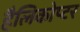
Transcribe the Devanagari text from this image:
हैलिकोप्टर